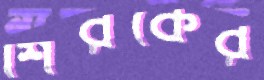
শিরকের